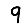
Digit: 9